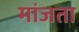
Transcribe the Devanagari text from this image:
मांजता